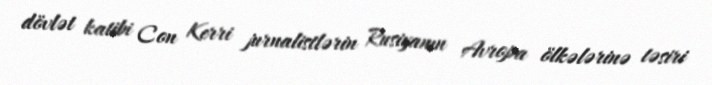
dövlət katibi Con Kerri jurnalistlərin Rusiyanın Avropa ölkələrinə təsiri